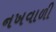
નખવાળી